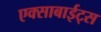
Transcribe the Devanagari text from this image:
एक्साबाईट्स